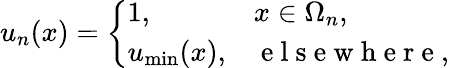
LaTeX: \begin{array}{r}{u_{n}(x)=\left\{ \begin{array}{ll}{1,\quad}&{x\in\Omega_{n},}\\ {u_{\mathrm{min}}(x),}&{\mathrm{~e~l~s~e~w~h~e~r~e~},}\end{array}\right.}\end{array}